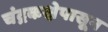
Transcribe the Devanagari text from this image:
चंद्रकक्षेपासून